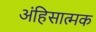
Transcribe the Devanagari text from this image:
अंहिसात्मक